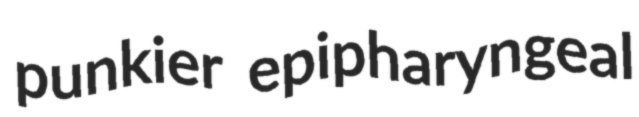
punkier epipharyngeal